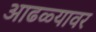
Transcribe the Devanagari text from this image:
आढळ्यावर